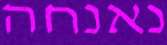
נאנחה